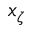
x _ { \zeta }